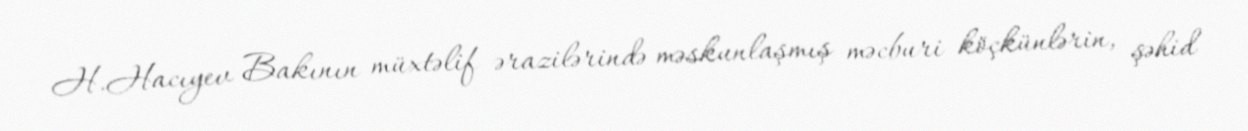
H.Hacıyev Bakının müxtəlif ərazilərində məskunlaşmış məcburi köçkünlərin, şəhid